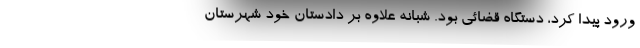
ورود پیدا کرد، دستگاه قضائی بود. شبانه علاوه بر دادستان خود شهرستان